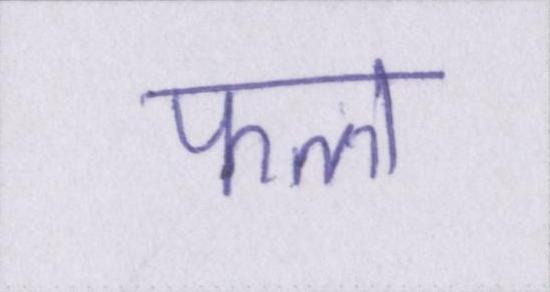
फल